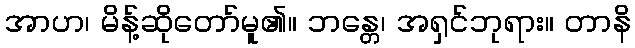
အာဟ၊ မိန့်ဆိုတော်မူ၏။ ဘန္တေ၊ အရှင်ဘုရား။ တာနိ